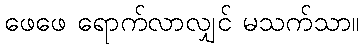
ဖေဖေ ရောက်လာလျှင် မသက်သာ။